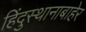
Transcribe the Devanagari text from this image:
हिंदुस्थानाबाहेर